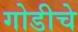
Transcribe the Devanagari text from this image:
गोडीचे